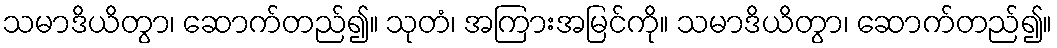
သမာဒိယိတွာ၊ ဆောက်တည်၍။ သုတံ၊ အကြားအမြင်ကို။ သမာဒိယိတွာ၊ ဆောက်တည်၍။